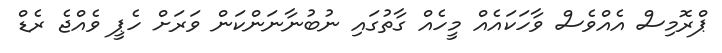
ޕްރޮމިސް އެއްވެސް ވާހަކައެއް މީހެއް ގާތުގައި ނުބުނާނަންކަން ވަރަށް ހެޕީ ވެއްޖެ ރެޑް